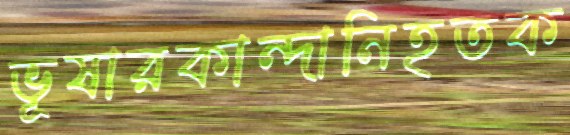
ভূষারকান্দানিহতক